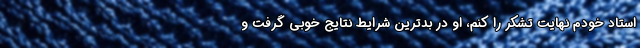
استاد خودم نهایت تشکر را کنم، او در بدترین شرایط نتایج خوبی گرفت و